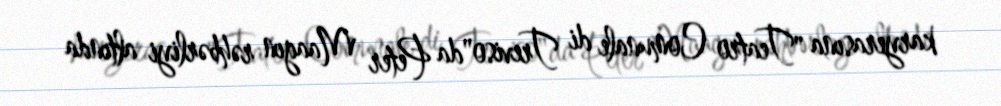
karyerasına "Teatro Comunale di Treviso"da Peter Maagın rəhbərliyi altında